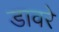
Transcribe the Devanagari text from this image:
डावरे